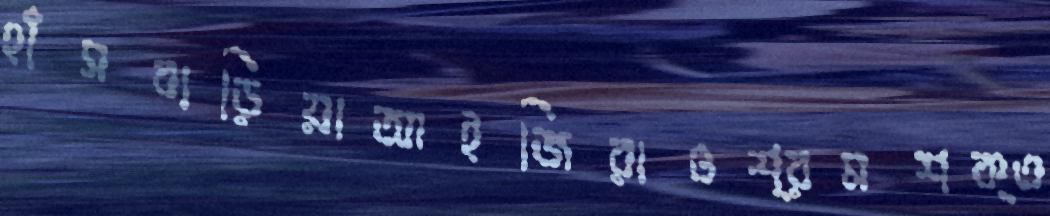
হাঁসবাড়িয়াআইজিরাওশ্রমশক্ত